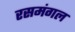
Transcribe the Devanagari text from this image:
रसमंगल